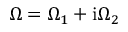
\Omega = \Omega _ { 1 } + \mathrm { i } \Omega _ { 2 }